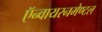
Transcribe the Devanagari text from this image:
ऍन्वायरनमेण्टल